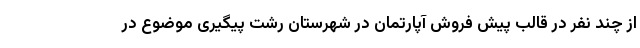
از چند نفر در قالب پیش فروش آپارتمان در شهرستان رشت پیگیری موضوع در